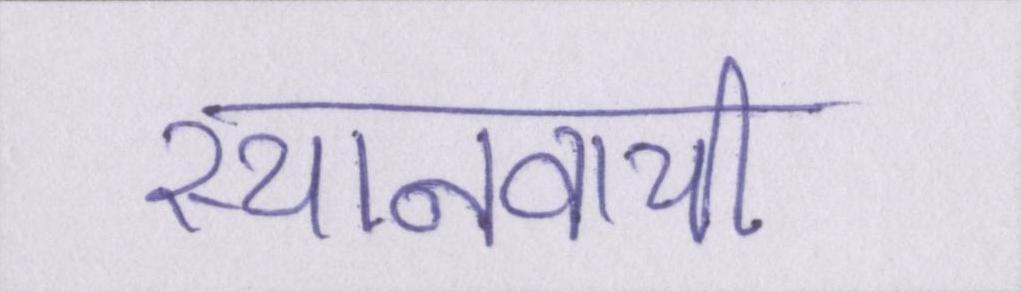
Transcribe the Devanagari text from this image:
स्थानवाची